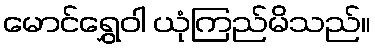
မောင်ရွှေဝါ ယုံကြည်မိသည်။